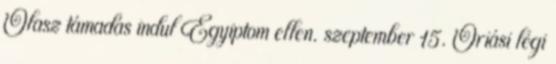
Olasz támadás indul Egyiptom ellen. szeptember 15. Óriási légi